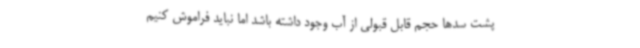
پشت سدها حجم قابل قبولی از آب وجود داشته باشد اما نباید فراموش کنیم